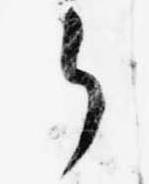
ら